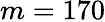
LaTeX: m=170